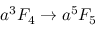
a ^ { 3 } F _ { 4 } \to a ^ { 5 } F _ { 5 }